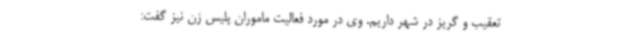
تعقیب و گریز در شهر داریم. وی در مورد فعالیت ماموران پلیس زن نیز گفت: